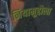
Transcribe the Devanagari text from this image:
नियामुद्दौला